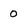
Character: 0